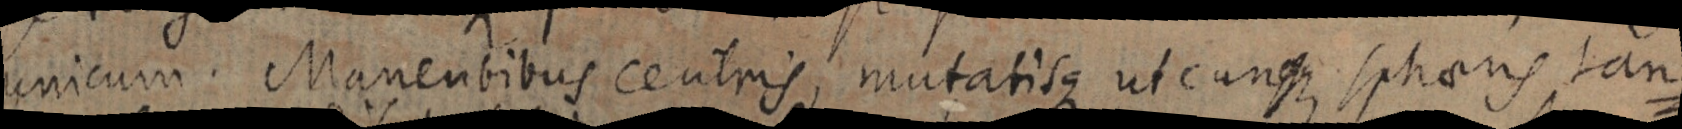
unicum. Manentibus centris, mutatisque ut cunque sphaeris tan